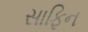
સાફિન